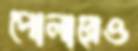
পোলারেও